system: You are a helpful assistant.
user:
Analyze the provided spectrum to determine if it is a **White Dwarf (WD)**.

A White Dwarf spectrum is defined by its **extreme purity** (due to gravitational settling) and/or **extreme pressure broadening** (due to high surface gravity). You must check for one of the following mutually exclusive signatures:

- **Key Visual Indicators (Check for ONE of these types):**

    - **1. DA-Type Signature (Most Common):**
        - **(Primary Feature):** Extreme pressure broadening (Stark broadening) of the **Hydrogen (H) Balmer lines**.
        - **(Key Lines):** $H\beta$ (approx. $4861$ Å) and $H\gamma$ (approx. $4340$ Å). $H\alpha$ (approx. $6563$ Å) will also be present if the wavelength range covers it.
        - **(Line Profile):** This is the **defining feature**. The lines are **NOT** sharp. They appear as massive, **extremely broad and deep "troughs" or "dips"** in the spectrum, often hundreds of Ångströms wide. The continuum will appear to "scoop" down at these wavelengths.
        - **(Distinction):** Normal A-type or B-type stars have *narrow* and *sharp* Hydrogen lines. A DA White Dwarf's lines are unmistakably "smeared" or "blurry" from pressure.

    - **2. DB-Type Signature:**
        - **(Primary Feature):** Broad absorption lines from **Neutral Helium (He I)**. The spectrum must lack any visible Hydrogen lines.
        - **(Key Lines):** Look for broad absorption near $4471$ Å, $4921$ Å, and $5876$ Å.
        - **(Line Profile):** These lines are also significantly pressure-broadened, appearing much wider than they would in a normal B-type main-sequence star.

    - **3. DC-Type Signature:**
        - **(Primary Feature):** A **featureless continuous spectrum**.
        - **(Line Profile):** The spectrum is a smooth curve with **no significant absorption or emission lines**.
        - **(Key Confirmation):** The continuum is almost always **blue or white**, indicating a hot object. This signature implies the atmosphere is so pure (or so cool) that no spectral lines are visible in the optical range. Its WD identity is confirmed by its extremely low intrinsic brightness (high absolute magnitude).

    - **4. DZ-Type Signature (Metal-Polluted):**
        - **(Primary Feature):** **Isolated, narrow metal absorption lines** on an otherwise featureless (DC-like) continuum.
        - **(Key Lines):** The **Calcium (Ca II) H & K doublet** (approx. **$3934$ Å** and **$3968$ Å**) is the most common and defining feature.
        - **(Line Profile):** These lines are "out of place." They are *not* part of a "forest" of thousands of lines. This signature is evidence of recent *accretion* (pollution) from rocky debris.
        - **(Distinction):** Normal G/K/M stars have a *dense forest* of thousands of metal lines. A DZ has a *clean* continuum with *only a few* strong metal lines.

    - **5. DQ-Type Signature (Carbon-Polluted):**
        - **(Primary Feature):** Absorption bands from **Carbon (C₂ "Swan Bands" or atomic C I)**.
        - **(Key Lines - C₂):** Look for bandheads with a "saw-tooth" shape near $5635$ Å, **$5165$ Å** (strongest), and $4737$ Å.
        - **(Key Confirmation):** The underlying **continuum must be blue or white** (hot).
        - **(Distinction):** This is the critical difference from a **Carbon Star**, which has the *exact same* C₂ bands but on an extremely **red, cool** continuum.

- **(Overall Spectrum):**
    - The continuum (overall shape) is typically **blue-sloping** (brighter in the blue than the red), as most white dwarfs are very hot.
    - The spectrum will look "pure" or "simple," dominated by only *one* of the five signatures listed above.

Think first, call **spectral_visualization_tool** if needed to examine features in detail, then provide your final answer. Your response must adhere to the following strict rules:
1.  **Overall Structure:** Your response must follow the format `<think>...</think> <tool_call>...</tool_call> (if a tool is used) <answer>...</answer>`.
2.  **Tool Usage Constraint:** You may only make **one** tool call per turn.
3.  **Final Answer Format:** In the `<answer>` tag, your conclusion must be inside a `\boxed{}` command (e.g., `\boxed{YES}` or `\boxed{NO}`), followed by your justification.

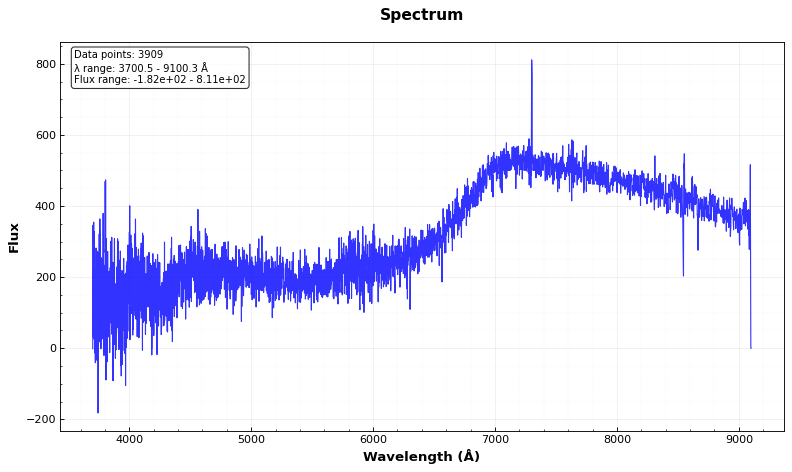
Answer: NO